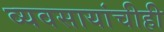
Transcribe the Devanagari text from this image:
व्यवसायांचीही